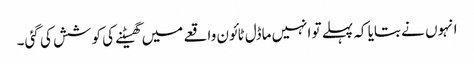
انہوں نے بتایا کہ پہلے تو انہیں ماڈل ٹائون واقعے میں گھسیٹنے کی کوشش کی گئی۔